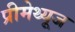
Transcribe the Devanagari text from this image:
प्रीमेथ्यूज